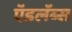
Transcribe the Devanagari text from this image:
ऍडलॅब्स